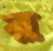
র